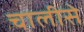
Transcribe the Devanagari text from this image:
चालीसे